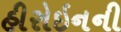
હીરોઇનની